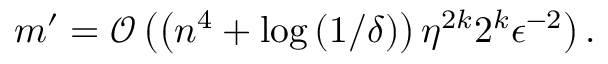
m ^ { \prime } = \mathcal { O } \left( \left( n ^ { 4 } + \log \left( 1 / \delta \right) \right) \eta ^ { 2 k } 2 ^ { k } \epsilon ^ { - 2 } \right) .